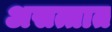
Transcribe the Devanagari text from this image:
असत्तात